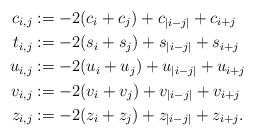
LaTeX: \begin{align*}c_{i,j} &:= -2(c_i+c_j) +c_{|i-j|} + c_{i+j}\\t_{i,j} &:= -2(s_{i} + s_{j}) + s_{ |i-j|} + s_{ i+j}\\u_{i,j}&:=-2( u_i + u_j)+ u_{|i-j|}+ u_{i+j}\\v_{i,j}&:=-2( v_i+ v_j)+ v_{|i-j|}+ v_{i+j}\\z_{i,j}&:=-2(z_{i}+z_{j})+z_{|i-j|}+z_{i+j}.\end{align*}